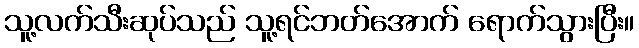
သူ့လက်သီးဆုပ်သည် သူ့ရင်ဘတ်အောက် ရောက်သွားပြီး။